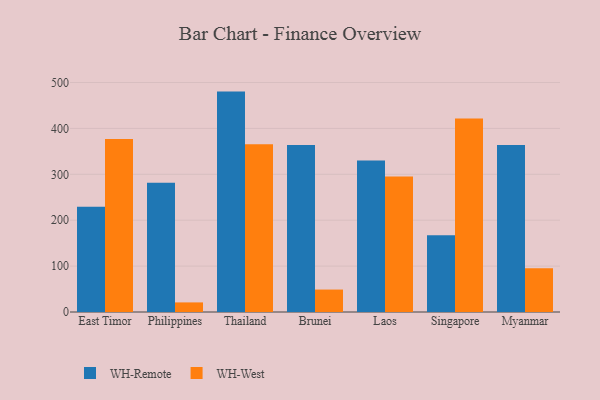
{"axis": {"x": "Country", "y": "Production Output"}, "legend": ["WH-Remote", "WH-West"], "data": [{"x": "East Timor", "y": 229.2, "type": "WH-Remote"}, {"x": "East Timor", "y": 376.7, "type": "WH-West"}, {"x": "Philippines", "y": 281.4, "type": "WH-Remote"}, {"x": "Philippines", "y": 20.9, "type": "WH-West"}, {"x": "Thailand", "y": 480.2, "type": "WH-Remote"}, {"x": "Thailand", "y": 365.3, "type": "WH-West"}, {"x": "Brunei", "y": 363.8, "type": "WH-Remote"}, {"x": "Brunei", "y": 48.9, "type": "WH-West"}, {"x": "Laos", "y": 330.3, "type": "WH-Remote"}, {"x": "Laos", "y": 295.3, "type": "WH-West"}, {"x": "Singapore", "y": 167.4, "type": "WH-Remote"}, {"x": "Singapore", "y": 421.7, "type": "WH-West"}, {"x": "Myanmar", "y": 363.6, "type": "WH-Remote"}, {"x": "Myanmar", "y": 95.2, "type": "WH-West"}]}